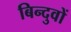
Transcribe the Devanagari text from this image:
बिन्दुवों